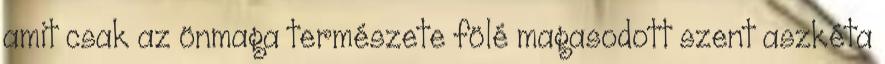
amit csak az önmaga természete fölé magasodott szent aszkéta